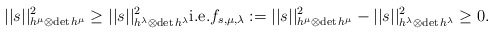
\begin{align*} ||s||^2_{h^\mu\otimes\mathrm{det}\,h^\mu}\geq||s||^2_{h^\lambda\otimes\mathrm{det}\,h^\lambda} \mathrm{i.e.} f_{s,\mu,\lambda}:=||s||^2_{h^\mu\otimes\mathrm{det}\,h^\mu}-||s||^2_{h^\lambda\otimes\mathrm{det}\,h^\lambda}\geq0. \end{align*}